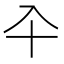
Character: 𠓝